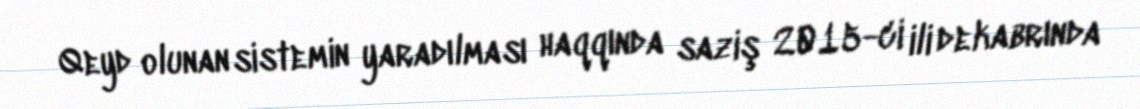
Qeyd olunan sistemin yaradılması haqqında saziş 2015-ci ili dekabrında